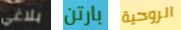
بلاغي بارتن الروحية